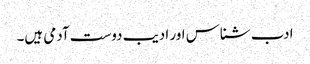
ادب شناس اور ادیب دوست آدمی ہیں۔